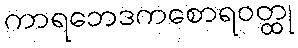
ကာရဘေဒကစောရဝတ္ထု